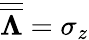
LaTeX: \overline{{\overline{{\mathbf{\Lambda}}}}}=\sigma_{z}